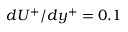
d U ^ { + } / d y ^ { + } = 0 . 1